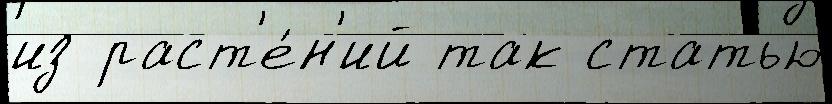
из раст'е́н'ий так статью